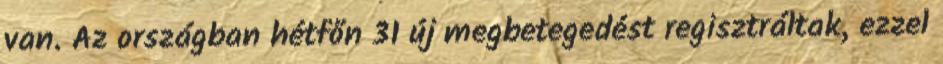
van. Az országban hétfőn 31 új megbetegedést regisztráltak, ezzel